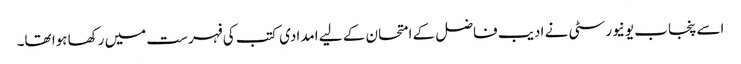
اسے پنجاب یونیورسٹی نے ادیب فاضل کے امتحان کے لیے امدادی کتب کی فہرست میں رکھا ہوا تھا۔